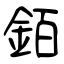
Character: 銆